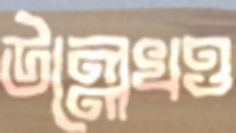
উল্লেখও